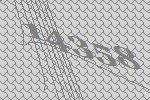
14358